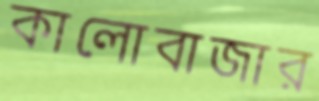
কালোবাজার